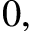
0 ,